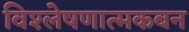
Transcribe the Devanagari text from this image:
विश्लेषणात्मकबन